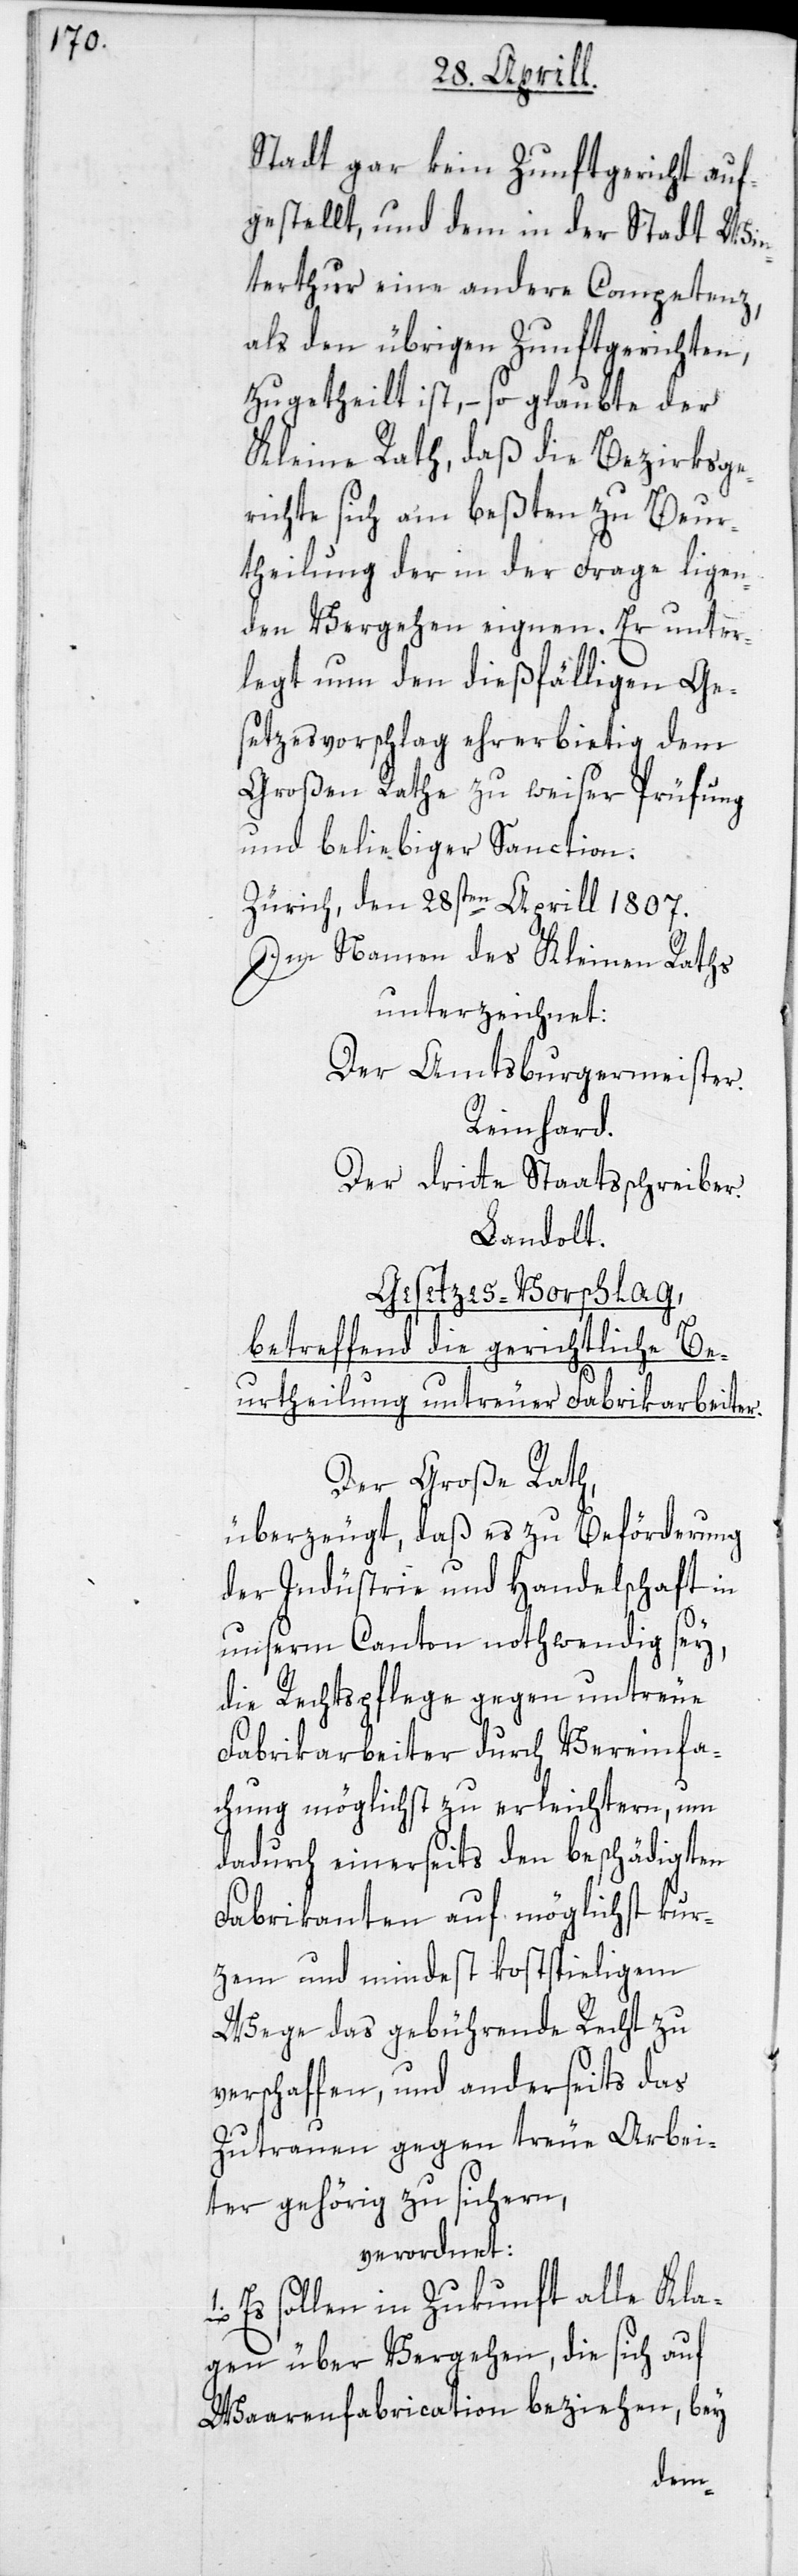
Stadt gar kein Zunftgericht auf¬
gestellt, und dem in der Stadt Win¬
terthur eine andere Competenz,
als den übrigen Zunftgerichten,
zugetheilt ist, – so glaubte der
Kleine Rath, daß die Bezirksge¬
richte sich am beßten zu Beur¬
theilung der in der Frage ligen¬
den Vergehen eignen. Er unter¬
legt nun den dießfälligen Ge¬
setzesvorschlag ehrerbietig dem
Großen Rathe zu weiser Prüfung
und beliebiger Sanction.
Zürich, den 28sten Aprill 1807.
Im Namen des Kleinen Raths
unterzeichnet:
Der Amtsburgermeister.
Reinhard.
Der dritte Staatsschreiber.
Landolt.
Gesetzes-Vorschlag,
betreffend die gerichtliche Be¬
urtheilung untreuer Fabrikarbeiter.
Der Große Rath,
überzeugt, daß es zu Beförderung
der Industrie und Handelschaft in
unserm Canton nothwendig sey,
die Rechtspflege gegen untreue
Fabrikarbeiter durch Vereinfa¬
chung möglichst zu erleichtern, um
dadurch einerseits den beschädigten
Fabrikanten auf möglichst kur¬
zem und mindest kostspieligem
Wege das gebührende Recht zu
verschaffen, und anderseits das
Zutrauen gegen treue Arbei¬
ter gehörig zu sichern,
verordnet:
1. Es sollen in Zukunft alle Kla¬
gen über Vergehen, die sich auf
Waarenfabrication beziehen, bey